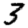
Digit: 3